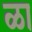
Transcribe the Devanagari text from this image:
ळा